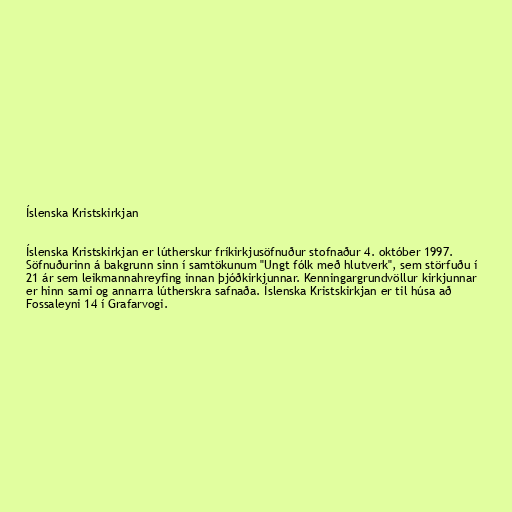
Íslenska Kristskirkjan

Íslenska Kristskirkjan er lútherskur fríkirkjusöfnuður stofnaður 4. október 1997.
Söfnuðurinn á bakgrunn sinn í samtökunum "Ungt fólk með hlutverk", sem störfuðu í
21 ár sem leikmannahreyfing innan þjóðkirkjunnar. Kenningargrundvöllur kirkjunnar
er hinn sami og annarra lútherskra safnaða. Íslenska Kristskirkjan er til húsa að
Fossaleyni 14 í Grafarvogi.